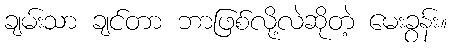
ချမ်းသာ ချင်တာ ဘာဖြစ်လို့လဲဆိုတဲ့ မေးခွန်း။